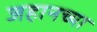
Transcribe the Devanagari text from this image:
जहानच्या